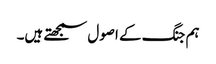
ہم جنگ کے اصول سمجھتے ہیں۔